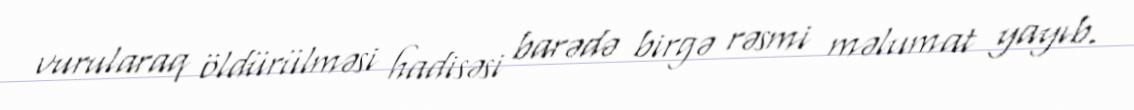
vurularaq öldürülməsi hadisəsi barədə birgə rəsmi məlumat yayıb.